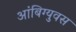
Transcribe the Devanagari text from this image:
आंबिग्युवस